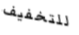
للتخفيف